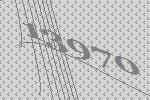
13970